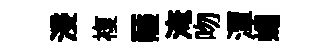
浸複薩淹吻潭蠅